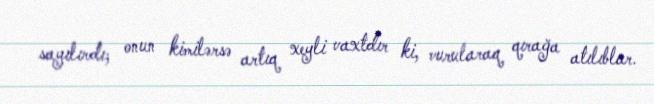
sayılırdı; onun kimilərsə artıq xeyli vaxtdır ki, vurularaq qırağa atılıblar.